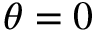
\theta = 0